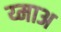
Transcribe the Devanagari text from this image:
य्माअ